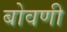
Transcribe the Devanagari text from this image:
बोवणी